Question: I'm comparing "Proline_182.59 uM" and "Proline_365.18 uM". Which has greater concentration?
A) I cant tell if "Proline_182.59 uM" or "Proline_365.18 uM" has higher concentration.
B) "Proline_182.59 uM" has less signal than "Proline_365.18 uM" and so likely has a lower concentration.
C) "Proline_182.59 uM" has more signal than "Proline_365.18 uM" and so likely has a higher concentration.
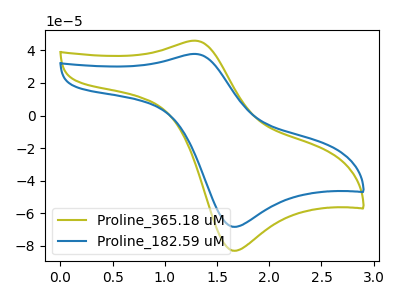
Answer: <think>The olive curve "Proline_365.18 uM" has an anodic peak at (1.30V, 45.95uA) and a cathodic peak at (1.70V, -82.90uA). The blue curve "Proline_182.59 uM" has an anodic peak at (1.30V, 37.85uA) and a cathodic peak at (1.70V, -68.25uA).
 All the peaks in "Proline_182.59 uM" have a peak in "Proline_365.18 uM" at the same potential. Every peak in "Proline_182.59 uM" is lower than every peak in "Proline_365.18 uM".</think>
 <answer>B) "Proline_182.59 uM" has less signal than "Proline_365.18 uM" and so likely has a lower concentration.</answer>
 <eval>B</eval>